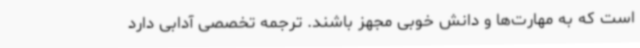
است که به مهارت‌ها و دانش خوبی مجهز باشند. ترجمه تخصصی آدابی دارد